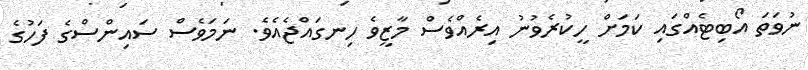
ނުވަތަ އޯބިޓެއްގައި ކަމަށް ހީކުރެވުނު އިރެއްވެސް މާޒީވެ ހިނގައްޖެއެވެ. ނަމަވެސް ސައިންސްގެ ފަހުގެ